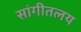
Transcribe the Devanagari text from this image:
सांगीतलय